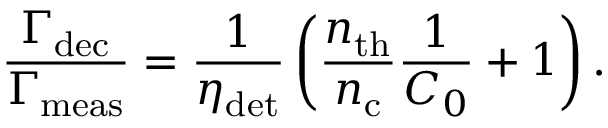
\frac { \Gamma _ { \mathrm { d e c } } } { \Gamma _ { \mathrm { m e a s } } } = \frac { 1 } { \eta _ { \mathrm { d e t } } } \left( \frac { n _ { \mathrm { t h } } } { n _ { \mathrm { c } } } \frac { 1 } { C _ { 0 } } + 1 \right) .